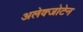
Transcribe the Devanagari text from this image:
अलेक्जोटेन